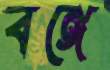
বঙ্গে